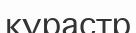
құрастр